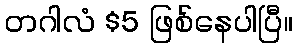
တဂါလံ $5 ဖြစ်နေပါပြီ။